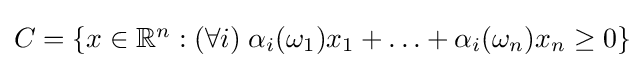
\textstyle C=\{x\in \mathbb {R} ^{n}:(\forall i)\;\alpha _{i}(\omega _{1})x_{1}+\ldots +\alpha _{i}(\omega _{n})x_{n}\geq 0\}